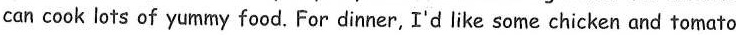
can cook lots of yummy food.For dinner, I'd like some chicken and tomato